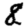
Digit: 8